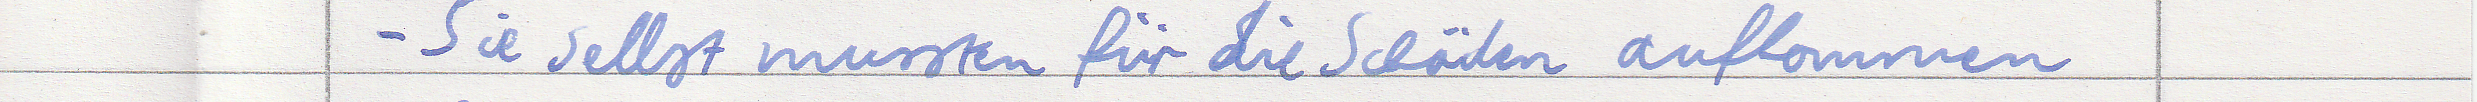
- Sie selbst mussten für die Schäden aufkommen